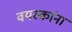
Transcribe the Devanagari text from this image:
वयस्कांना